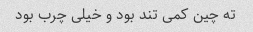
ته چین کمی تند بود و خیلی چرب بود